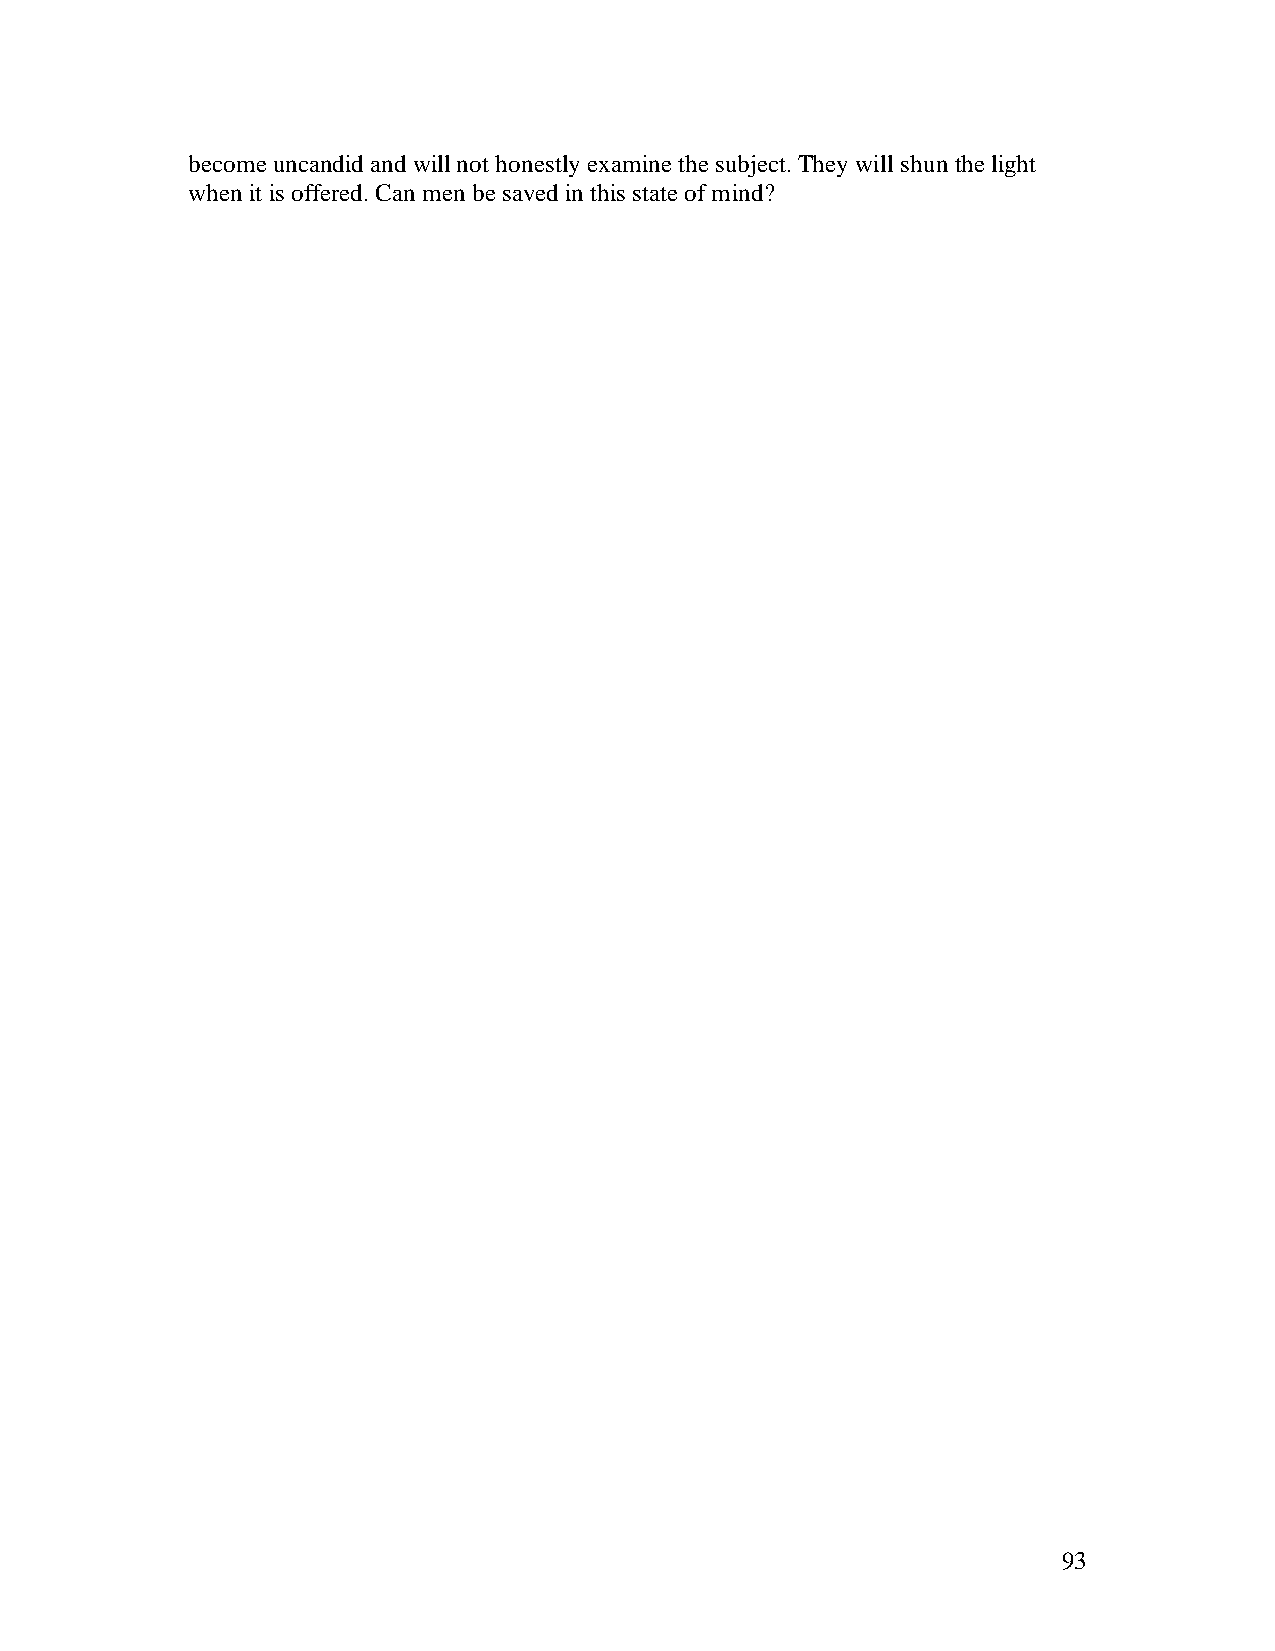
become uncandid and will not honestly examine the subject. They will shun the light
 when it is offered. Can men be saved in this state of mind?
 93